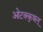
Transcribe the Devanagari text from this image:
ओटक्कुषल्